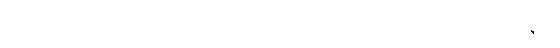
ဒါယကာသည်။ သီလေသု၊ သီလတို့၌။ အပရိပူရကာရိနော၊